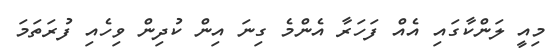
މިއީ ލަންކާގައި އެއް ފަހަރާ އެންމެ ގިނަ އިން ކުދިން ވިހެއި ފުރަތަމަ